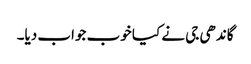
گاندھی جی نے کیا خوب جواب دیا۔